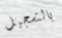
بالتسجيل